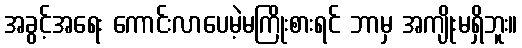
အခွင့်အရေး ကောင်းလာပေမဲ့မကြိုးစားရင် ဘာမှ အကျိုးမရှိဘူး။